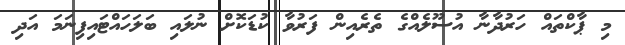
މި ޕާކްތައް ހަރުދާނާ އުސޫލެއްގެ ތެރެއިން ފަރުވާ ކުޑަކޮށް ނުލައި ބަލަހައްޓައިފިނަމަ އަދި